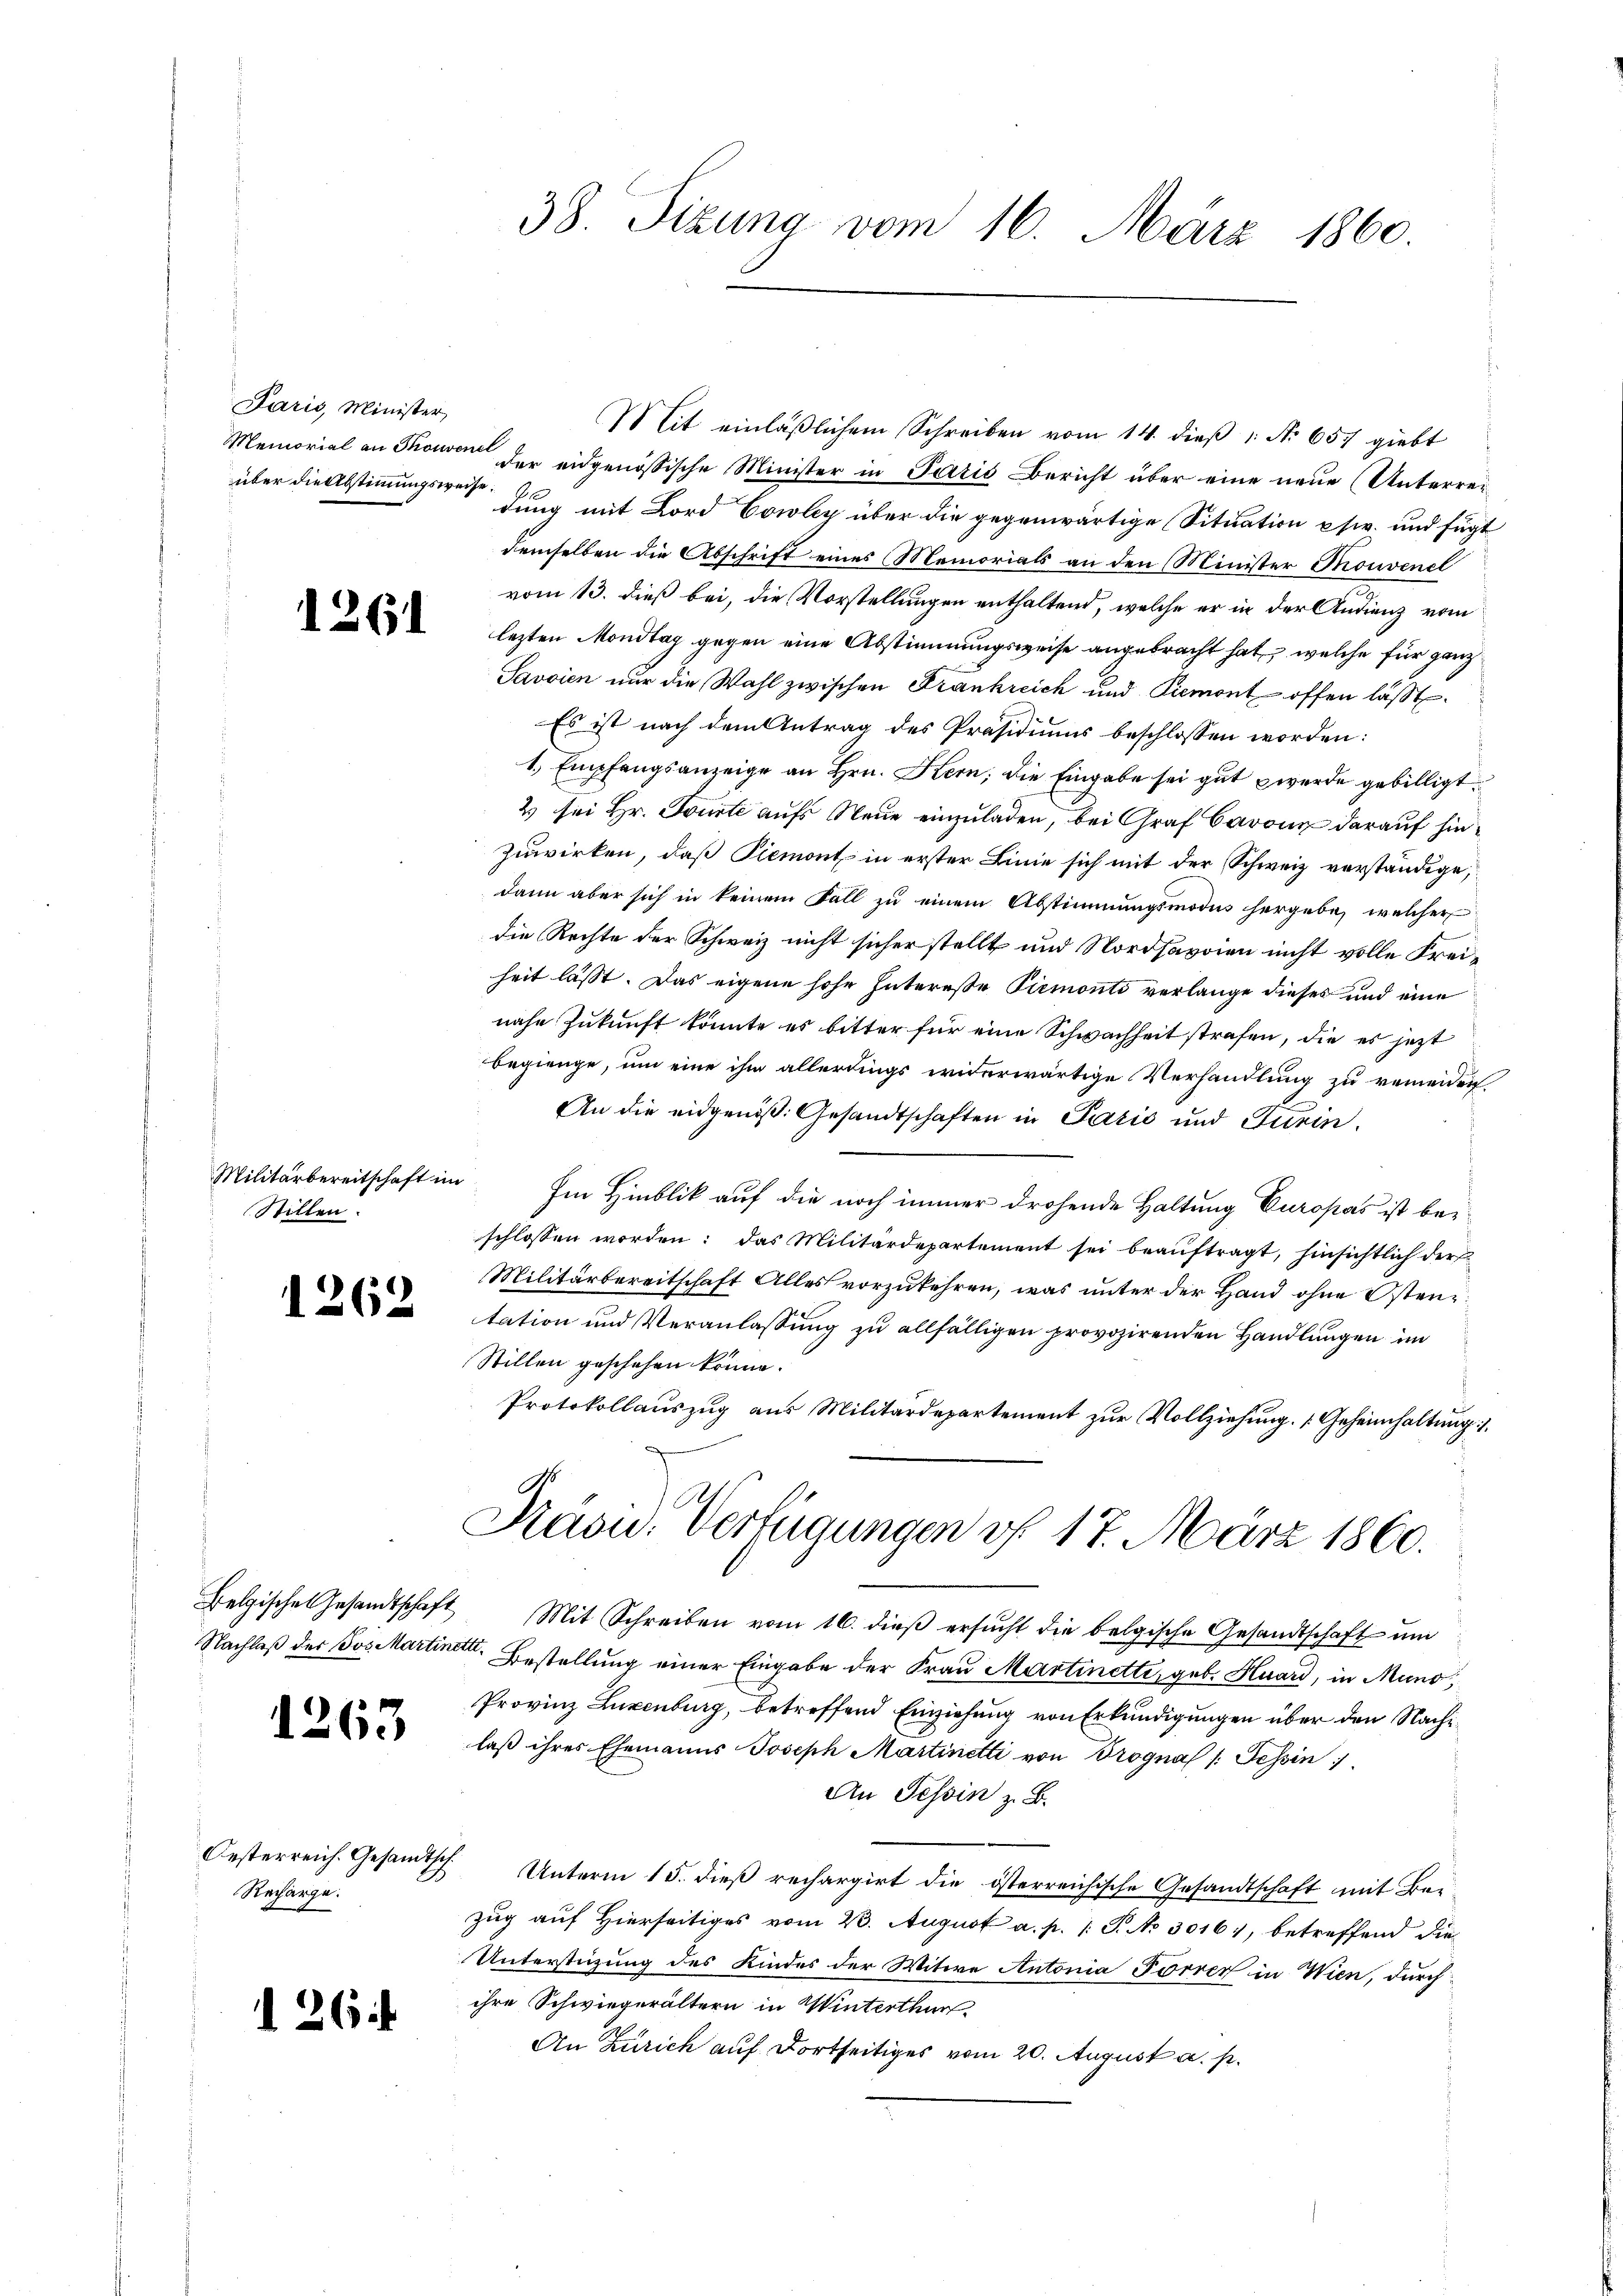
Paris, Minister
Memorial an Thonve
über die Abstimmungsweise.

1261

Militärbereitschaft im
Stillen.

1262

Belgische Gesandtschaft
Nachlaß der Bos Martine

1263

Oesterreich. Gesandtsch
Recharge.

264

38. Sizung vom 16. März 1860

Mit einläβlichem Schreiben vom 14. dieβ " No 657 giebt
ll
der eidgenössische Minister in Paris Bericht über eine neue Unterreidung mit Lord Cowley über die gegenwärtige Situation usw. und fügt
demselben die Abschrift eines Memorials an den Minister Phonvenel
vom 13. dieß bei, die Vorstellungen enthaltend, welche er in der Andienz vom
lezten Mondtag gegen eine Abstimmungsweise angebracht hat, welche für ganz
Javvien nur die Wahl zwischen Frankreich und Piemont offen lässt.
Es ist nach dem Antrag des Präsidiums beschlossen worden:
1.) Empfangsanzeige an Hrn. Kern; die Eingabe sei gut werde gebilligt.
2 sei Hr. Toute aufs Neue einzuladen, bei Graf Caronn darauf hinzuwirken, daß Piemont in erster Linie sich mit der Schweiz verständige,
dann aber sich in keinem Fall zu einem Abstimmungsmodus hergebe, welcher
die Rechte der Schweiz nicht sicher stellt und Nordsavoien nicht volle Freiheit lässt. Das eigene hohe Intereße Piemonti verlange dieses und eine
nahe Zukunft könnte es bitter für eine Schwachheit strafen, die es jetzt
begienge, um eine ihm allerdings widerwärtige Verhandlung zu remenden
An die eidgenoß. Gesandtschaften in Pazić und Turin.
Im Hinblik auf die noch immer drohende Haltung Europas ist beschlossen worden: das Militärdepartement sei beauftragt, hinsichtlich der
Militärbereitschaft Alles vorzukehren, was unter der Hand ohne Ostentation und Veranlassung zu allfälligen provozirenden Handlungen im
Stillen geschehen könne.
Protokollauszug aus Militärdepartement zur Vollziehung. Geheimhaltung
Kaou. Verfügungen vf. 17. März 1860.
Mit Schreiben vom 16. dieß ersucht die belgische Gesandtschaft und
III. Bestellung einer Eingabe der Frau Martinetti, geb. Huard, in Mund,
Provinz Luxenburg, betreffend Einziehung von Erkundigungen über den Nachlaß ihres Ehemanns Joseph Martinetti von Drogna /: Tessin
An Tessin z. B.
Unterm 15. dieß rechargirt die österreichische Gesandtschaft mit Bei
zug auf Hierseitiges vom 23. August a. p. 1. P. No 3016), betreffend die
Unterstüzung des Kindes der Witwe Antonia Forrer in Wien, durch
ihre Schwiegerältern in Winterthur
An Zürich auf dortseitiges vom 20. August a. p.